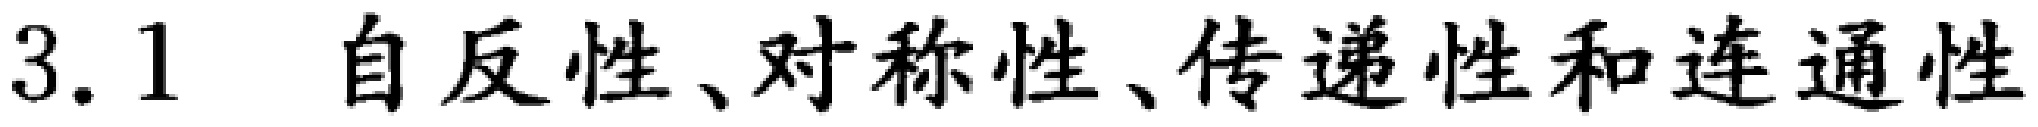
3.1 自反性、对称性、传递性和连通性